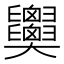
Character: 𦧂